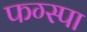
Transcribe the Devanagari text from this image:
फग्स्पा